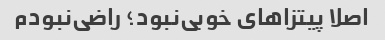
اصلا پیتزا‌های خوبی‌نبود‌؛ راضی‌نبودم